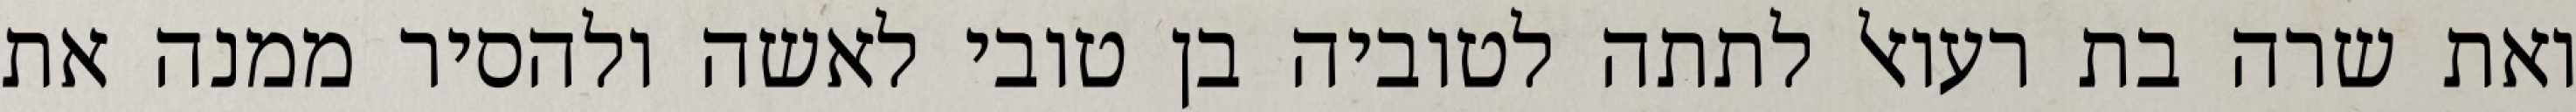
ואת שרה בת רעואל לתתה לטוביה בן טובי לאשה ולהסיר ממנה את